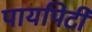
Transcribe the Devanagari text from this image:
पायपिटी